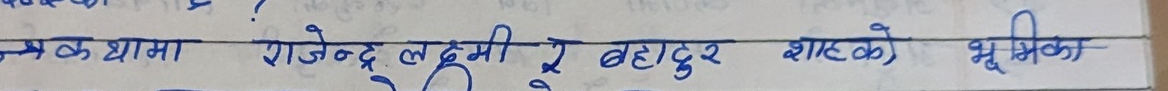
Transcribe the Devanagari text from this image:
ने क थामा राजेन्द्र लक्ष्मी रे बहादुर शाहको भूमिका